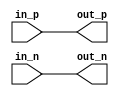
module io_block_differential_buffer (
    input      wire      in_p,
    input      wire      in_n,
    output     wire      out_p,
    output     wire      out_n
);

// Differential amplifier configuration
assign out_p = in_p;
assign out_n = in_n;

// Protection circuitry
// Add protection circuitry Verilog code here

endmodule